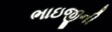
ભાઇજીની